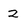
Character: 2